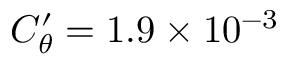
C _ { \theta } ^ { \prime } = 1 . 9 \times 1 0 ^ { - 3 }